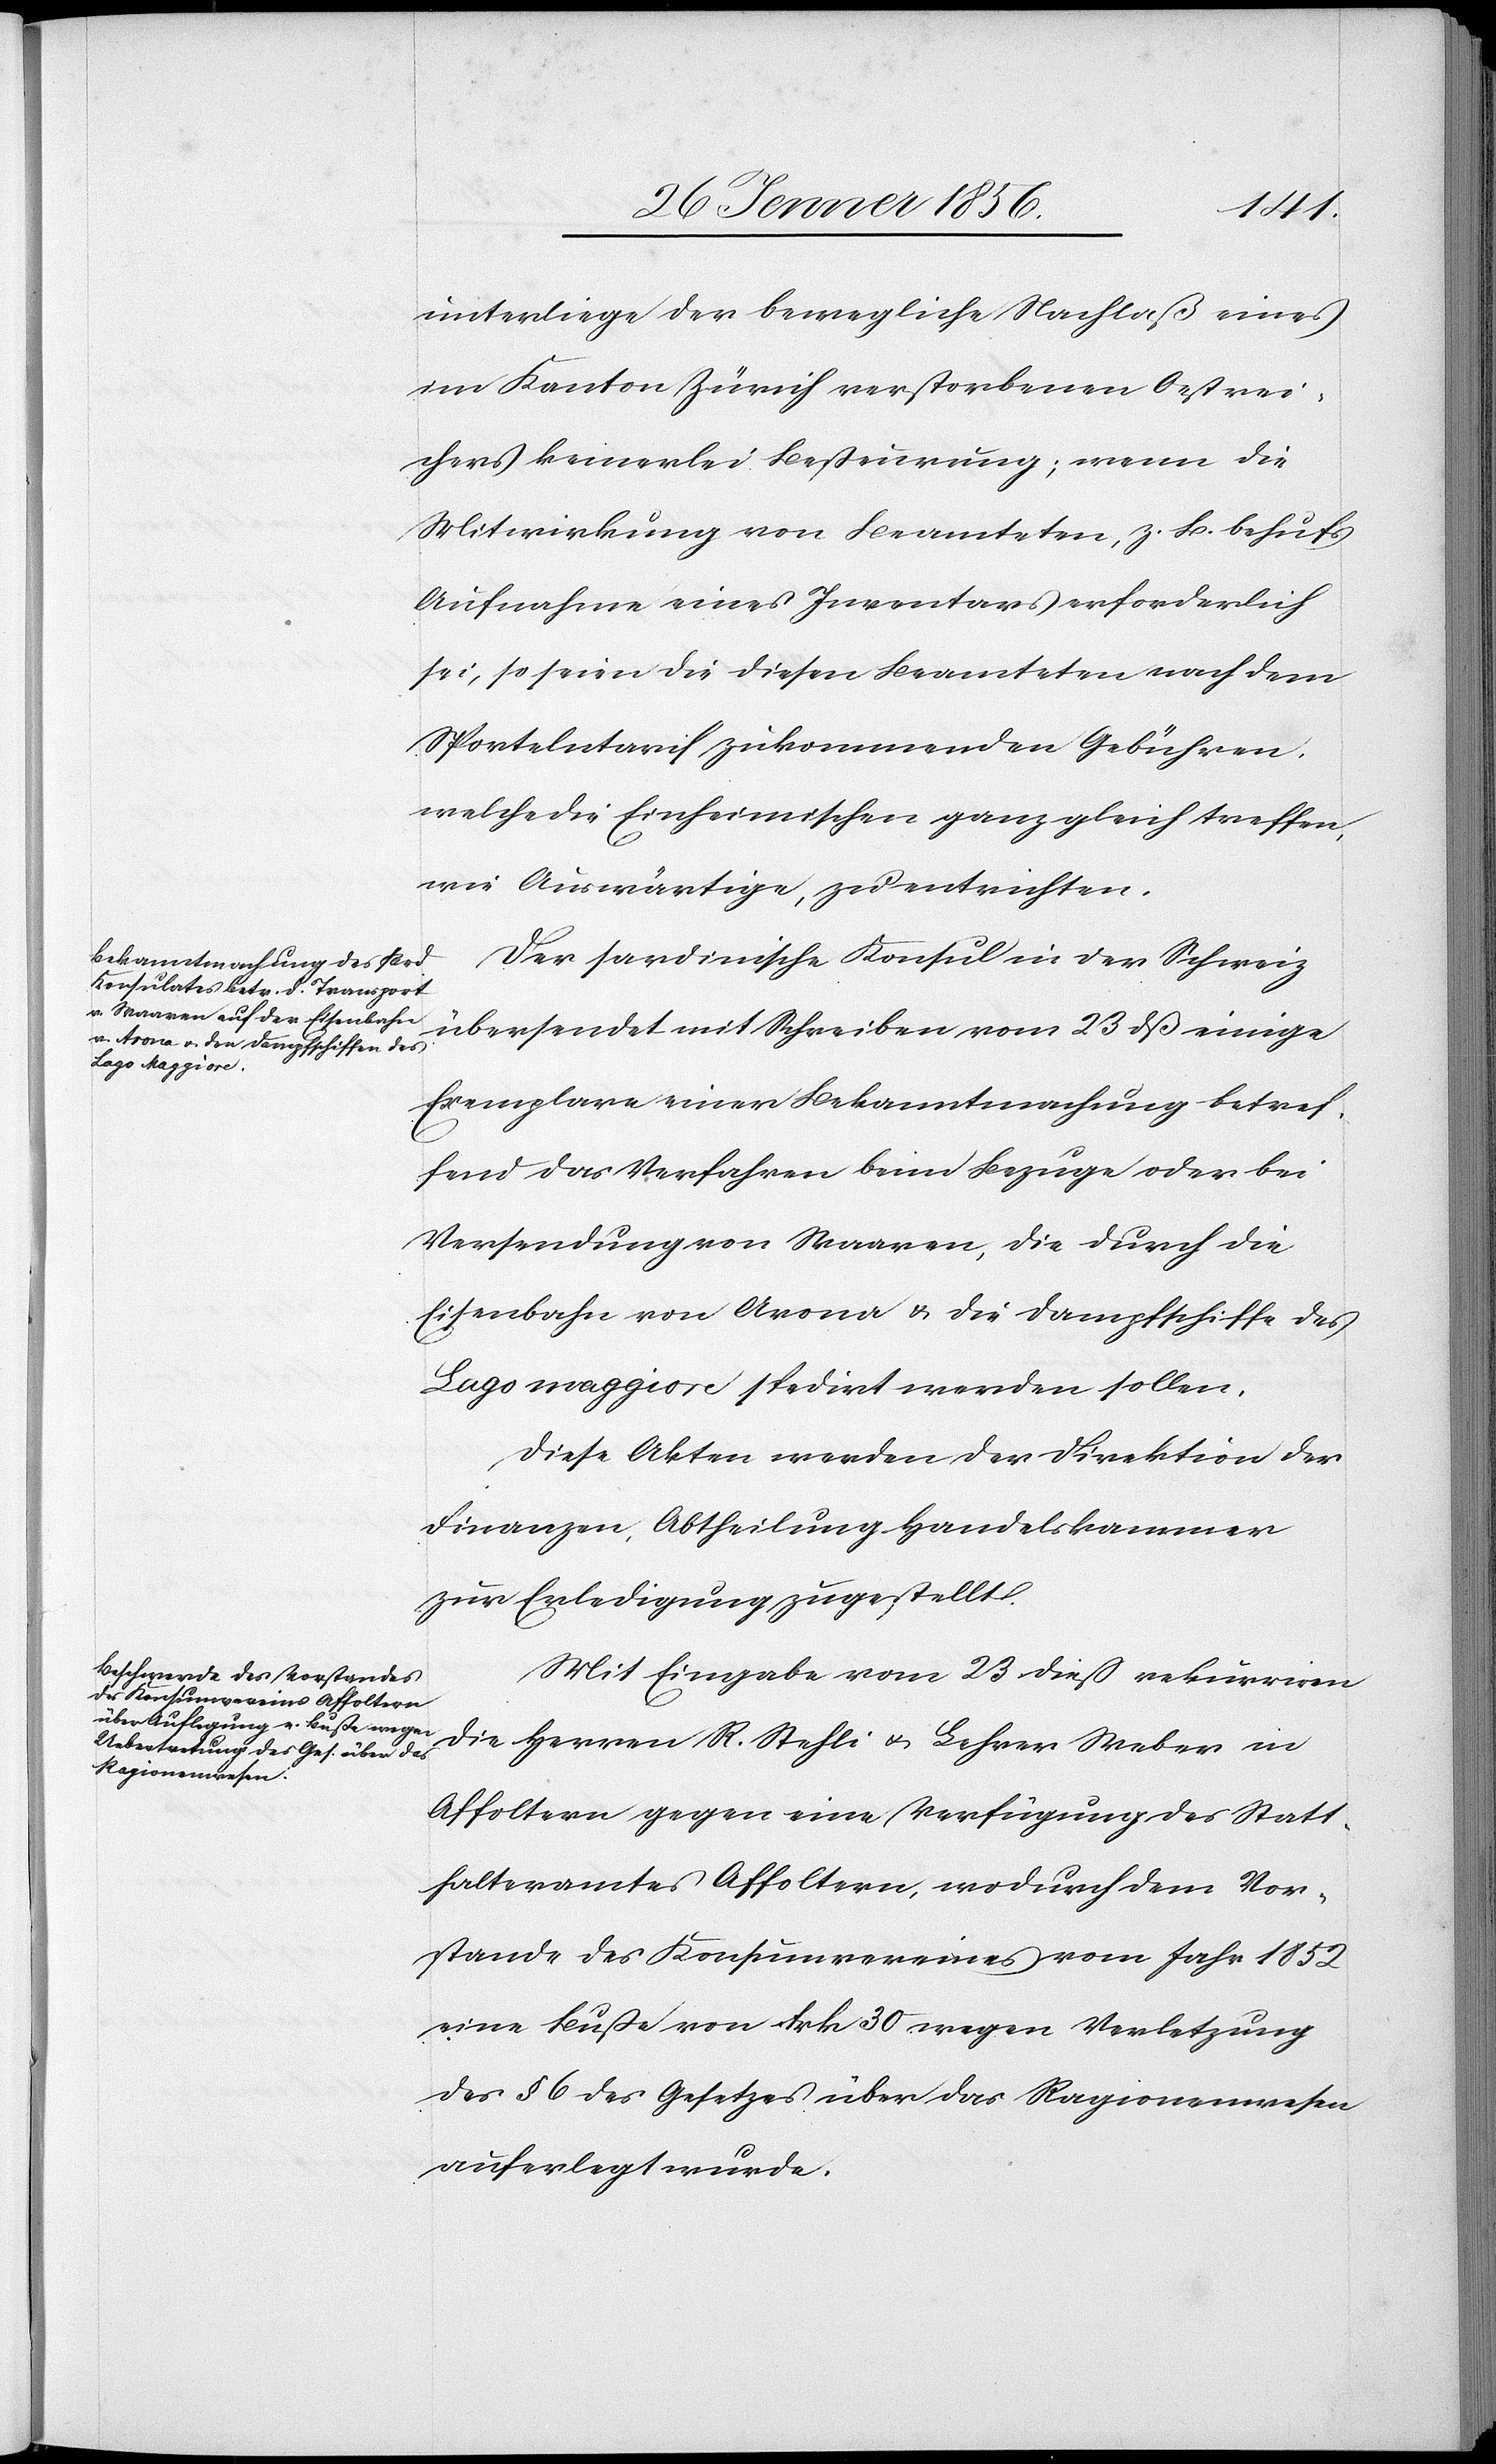
unterliege der bewegliche Nachlaß eines
im Kanton Zürich verstorbenen Oestrei¬
chers keinerlei Besteuerung; wenn die
Mitwirkung von Beamteten, z. B. behufs
Aufnahme eines Inventars erforderlich
sei, so seien die diesen Beamteten nach dem
Sportelntarif zukommenden Gebühren,
welche die Einheimischen ganz gleich treffen,
wie Auswärtige, zu entrichten.
Der sardinische Konsul der Schweiz
übersendet mit Schreiben vom 23 dß einige
Exemplare einer Bekanntmachung betref¬
fend das Verfahren beim Bezuge oder bei
Versendung von Waaren, die durch die
Eisenbahn von Arona u. die Dampfschiffe des
Lago maggiore spedirt werden sollen.
Diese Akten werden der Direktion der
Finanzen, Abtheilung Handelskammer
zur Erledigung zugestellt.
Mit Eingabe vom 23 dieß rekurriren
die Herren R. Stehli u. Lehrer Weber in
Affoltern gegen eine Verfügung des Statt¬
halteramtes Affoltern, wodurch dem Vor¬
stande des Konsumvereines vom Jahr 1852
eine Buße von Frk 30 wegen Verletzung
des § 6 des Gesetzes über das Ragionenwesen
auferlegt wurde.